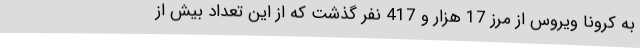
به کرونا ویروس از مرز 17 هزار و 417 نفر گذشت که از این تعداد بیش از